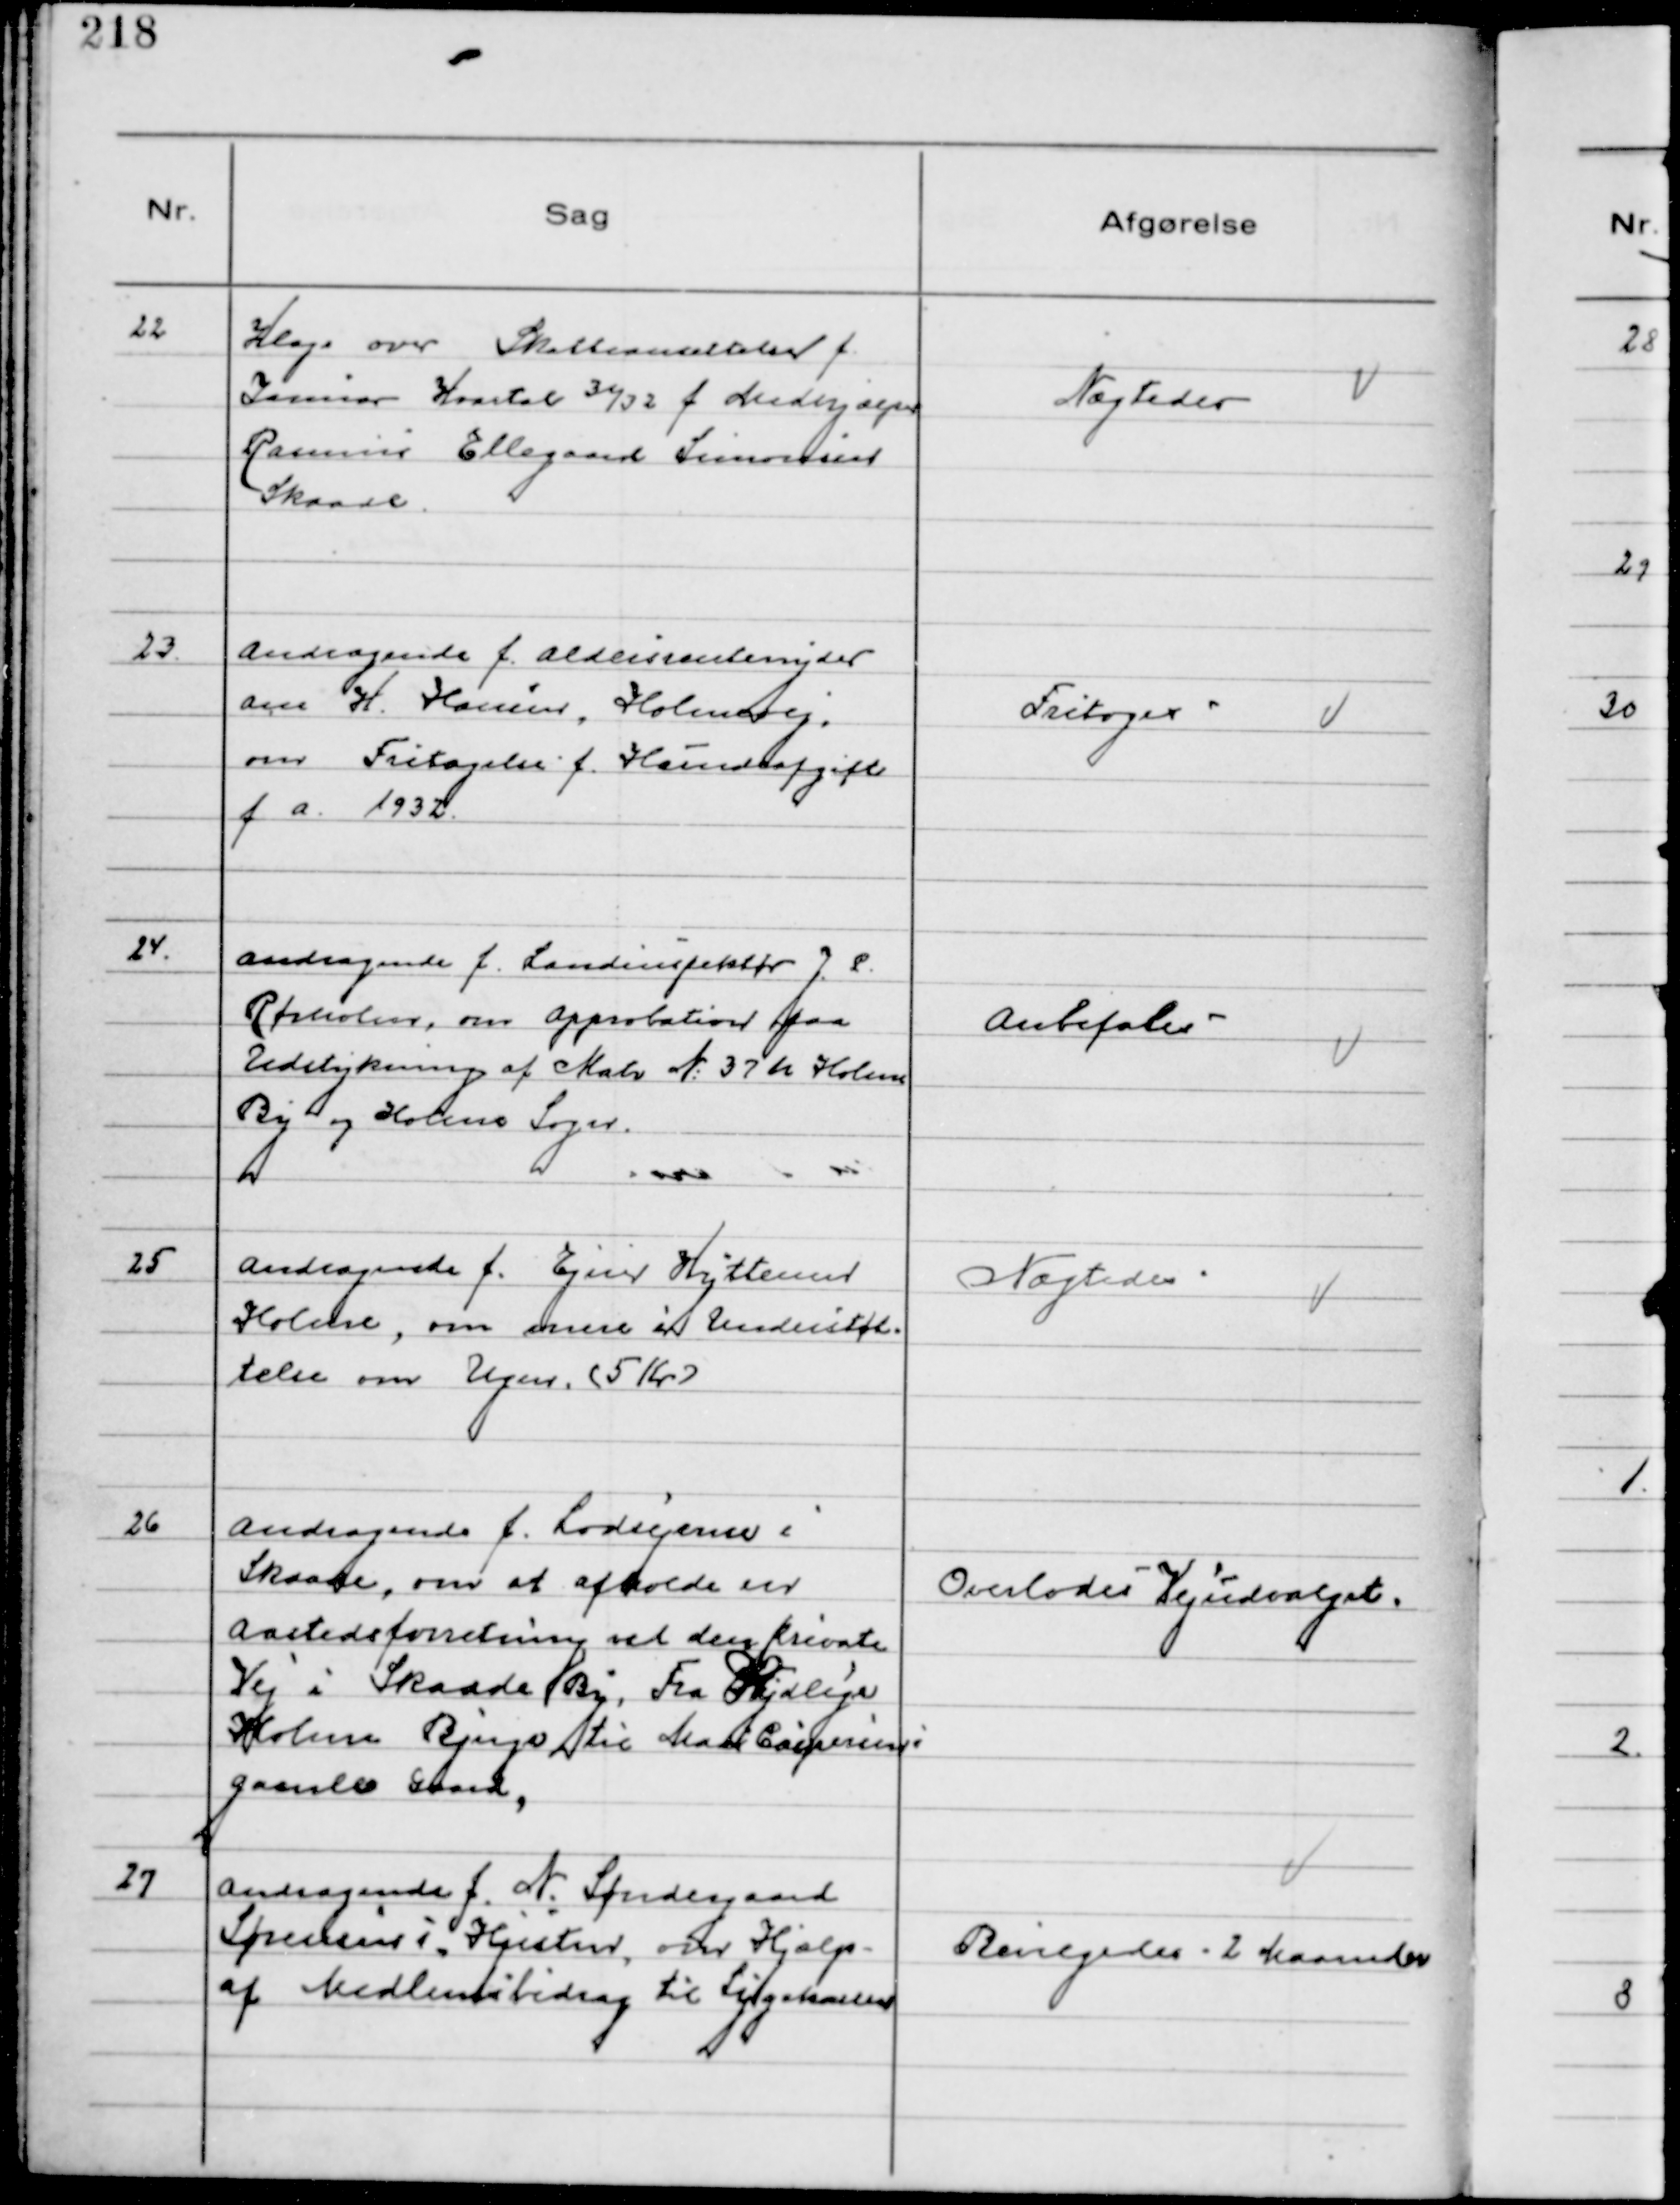
Transskription:
22
Klage over Skatteansættelse f.
Januar Kvartal 31/32 f. Medhjælper
Rasmus Ellegaard Simonsen
Skaade.

Nægtedes

23.
Andragende f. Aldersrentenyder
om H. Hansen, Holmevej,
om Fritagelse f. Hundeafgift
f a. 1932.

Fritages

24.
Andragende f. Landinspektør J. P.
Rørholm, om approbation paa
Udstykning af Matr № 37 h Holme
By og Holme Sogn.

Anbefales

25
Andragende f. Ejner Hyttemer
Holme, om mere i Understøt-
telse om Ugen. (5 Kr)

Nægtedes

26
Andragende f. Lodsejerne i
Skaade, om at afholde en
Aastedsforretning ved den private
Vej i Skaade By, Fra Sydlige
Holme Bjerge til Mads Caspersens
gamle Gaard,

Overlodes Vejudvalget.

27
Andragende f. N. Søndergaard
Sørensens Hustru, om Hjælp
af Medlemsbidrag til Sygekassen

Bevilgedes - 2 Maaneder